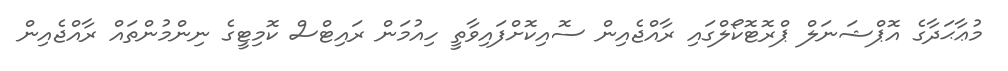
މުޢާޙަދާގެ އޮޕްޝަނަލް ޕްރޮޓޮކޯލްގައި ރާއްޖެއިން ސޮއިކޮށްފައިވާތީ ހިއުމަން ރައިޓްސް ކޮމިޓީގެ ނިންމުންތައް ރާއްޖެއިން